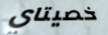
خصيتاي